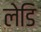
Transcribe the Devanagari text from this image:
लेडि